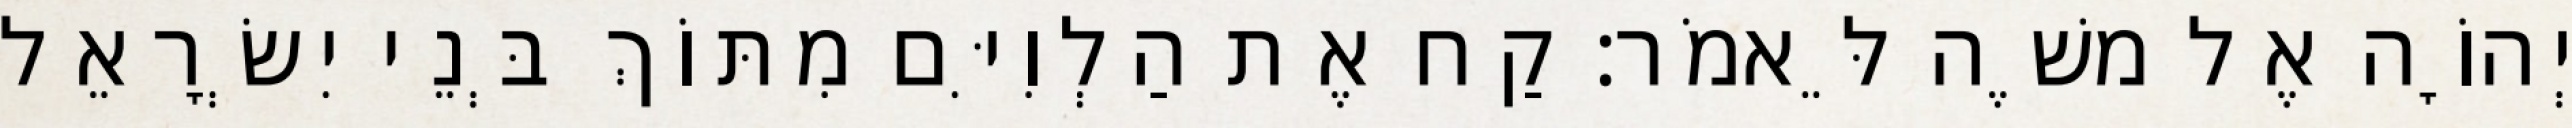
יְהוָֹה אֶל משֶׁה לֵּאמֹר׃ קַח אֶת הַלְוִיִּם מִתּוֹךְ בְּנֵי יִשְׂרָאֵל